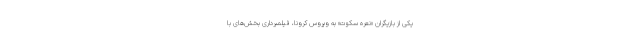
یکی از بازیگران «نعره سکوت» به ویروس کرونا، فیلمبرداری بخش‌های با